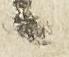
候